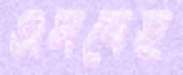
এসবেই